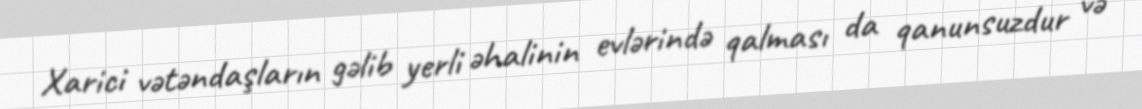
Xarici vətəndaşların gəlib yerli əhalinin evlərində qalması da qanunsuzdur və